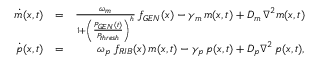
\begin{array} { r l r } { \dot { m } ( x , t ) } & { = } & { \frac { \omega _ { m } } { 1 + \left( \frac { P _ { G E N } ( t ) } { P _ { t h r e s h } } \right) ^ { h } } \, f _ { G E N } ( x ) - \gamma _ { m } \, m ( x , t ) + D _ { m } \, \nabla ^ { 2 } m ( x , t ) } \\ { \dot { p } ( x , t ) } & { = } & { \omega _ { p } \; f _ { R I B } ( x ) \, m ( x , t ) - \gamma _ { p } \, p ( x , t ) + D _ { p } \nabla ^ { 2 } \, p ( x , t ) , } \end{array}